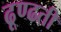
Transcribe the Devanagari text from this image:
ढूण्ढती